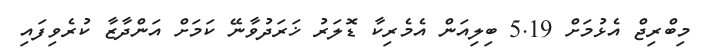
މިބްރިޖް އެޅުމަށް 5.19 ބިލިއަން އެމެރިކާ ޑޮލަރު ޚަރަދުވާނޭ ކަމަށް އަންދާޒާ ކުރެވިފައި